Morphology and life history of Herpetomonas culicis, Novy, MacNeal and Torrey - Number 57
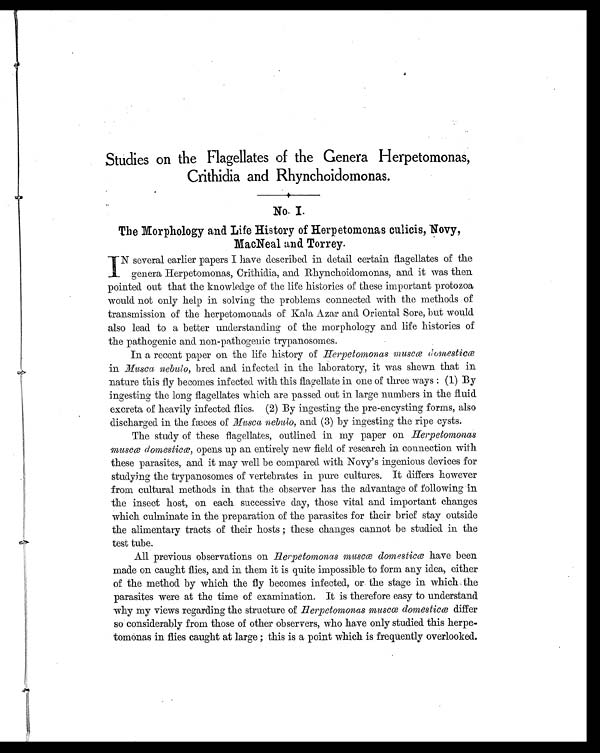
Studies on the Flagellates of the Genera Herpetomonas,
Crithidia and Rhynchoidomonas.
No. I.
The Morphology and Life History of Herpetomonas culicis, Novy,
MacNeal and Torrey.
N several earlier papers I have described in detail certain flagellates of the
I genera Herpetomonas, Crithidia, and Rhynchoidomonas, and it was then
pointed out that the knowledge of the life histories of these important protozoa
would not only help in solving the problems connected with the methods of
transmission of the herpetomonads of Kala Azar and Oriental Sore, but would.
also lead to a better understanding of the morphology and life histories of
the pathogenic and non-pathogenic trypanosomes.
In a recent paper on the life history of Herpetomonas muscœ domesticœ
in Musca nebulo, bred and infected in the laboratory, it was shewn that in
nature this fly becomes infected with this flagellate in one of three ways : (1) By
ingesting the long flagellates which are passed out in large numbers in the fluid.
excreta of heavily infected flies. (2) By ingesting the pre-encysting forms, also
discharged in the fæces of Musca nebulo, and (3) by ingesting the ripe cysts.
The study of these flagellates, outlined in my paper on H e r p e t o m o n a s
muscœ domesticœ, opens up an entirely new field of research in connection with
these parasites, and it may well be compared with Novy's ingenious devices for
studying the trypanosomes of vertebrates in pure cultures. It differs however
from cultural methods in that the observer has the advantage of following in
the insect host, on each successive day, those vital and important changes
which culminate in the preparation of the parasites for their brief stay outside
the alimentary tracts of their hosts ; these changes cannot be studied. in the
test tube.
All previous observations on Herpetomonas muscœ domesticœ have been
made on caught flies, and. in them it is quite impossible to form any idea, either
of the method by which the fly becomes infected, or the stage in which. the
parasites were at the time of examination. It is therefore easy to understand.
why my views regarding the structure of Herpetomonas muscœ domesticœ differ
so considerably from those of other observers, who have only studied. this herpe-
tomonas in flies caught at large ; this is a point which is frequently overlooked.